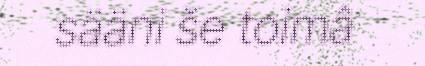
sääni še toimâ